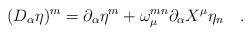
LaTeX: \begin{align*}(D_\alpha \eta)^m = \partial_\alpha \eta^m + \omega_\mu^{mn}\partial_\alpha X^\mu \eta_n \quad .\end{align*}